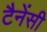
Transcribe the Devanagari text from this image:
टैनेंसी